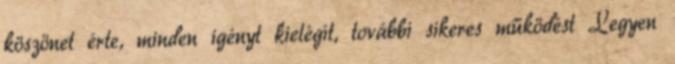
köszönet érte, minden igényt kielégít, további sikeres működést Legyen